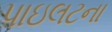
પાઇલટના